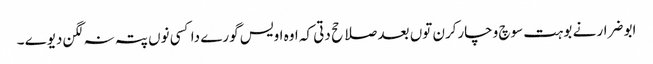
ابو ضرار نے بوہت سوچ وچارکرن توں بعد صلاحح دتی کہ اوہ اویس گورے دا کسی نوں پتہ نہ لگن دیوے ۔